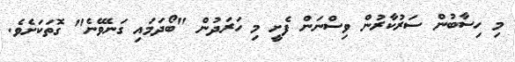
މި ހިސާބުން ސަރުކާރުން ވިސްނަން ފެށީ މި ހަރަދުން "ބޯދަމައި ގަނެވޭނެ" ގޮތަކަށެވެ.